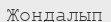
Жондалып